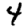
Digit: 4